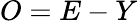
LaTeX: O=E-Y